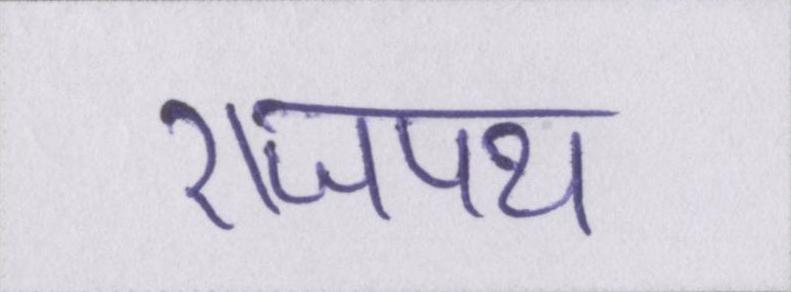
राजपथ